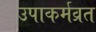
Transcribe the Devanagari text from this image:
उपाकर्मव्रत